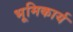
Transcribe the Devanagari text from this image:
भूमिकार्य